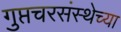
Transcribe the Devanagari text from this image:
गुप्तचरसंस्थेच्या